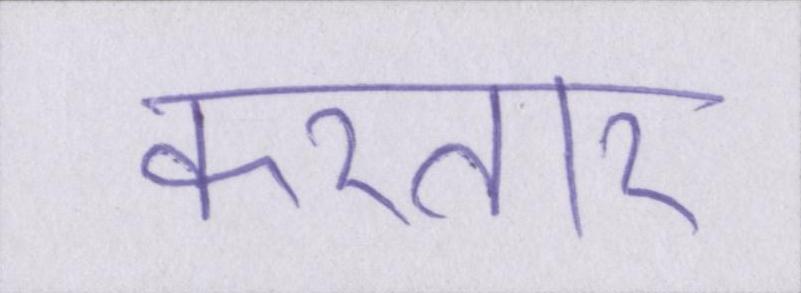
करतार